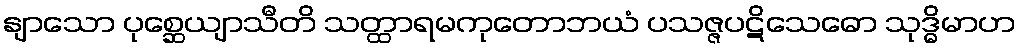
နျာသော ပုစ္ဆေယျာသီတိ သတ္ထာရမကုတောဘယံ ပသဇ္ဇပဋိသေဓော သုဒ္ဓိမာဟ